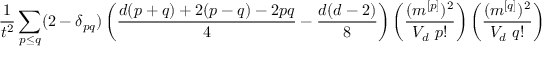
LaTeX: \frac { 1 } { t ^ { 2 } } \sum _ { p \le q } ( 2 - \delta _ { p q } ) \left( \frac { d ( p + q ) + 2 ( p - q ) - 2 p q } { 4 } - \frac { d ( d - 2 ) } { 8 } \right) \left( \frac { ( m ^ { [ p ] } ) ^ { 2 } } { V _ { d } ~ p ! } \right) \left( \frac { ( m ^ { [ q ] } ) ^ { 2 } } { V _ { d } ~ q ! } \right)